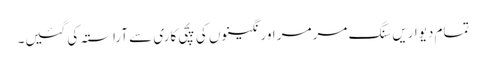
تمام دیواریں سنگ مرمر اور نگینوں کی پچی کاری سے آراستہ کی گئیں۔